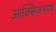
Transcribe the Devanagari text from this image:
आक्सिजनमय